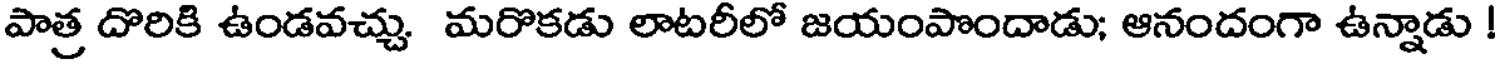
పాత్ర దొరికి ఉండవచ్చు మరొకడు లాటరీలో జయంపొందాడు; ఆనందంగా ఉన్నాడు !